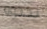
يجدوه